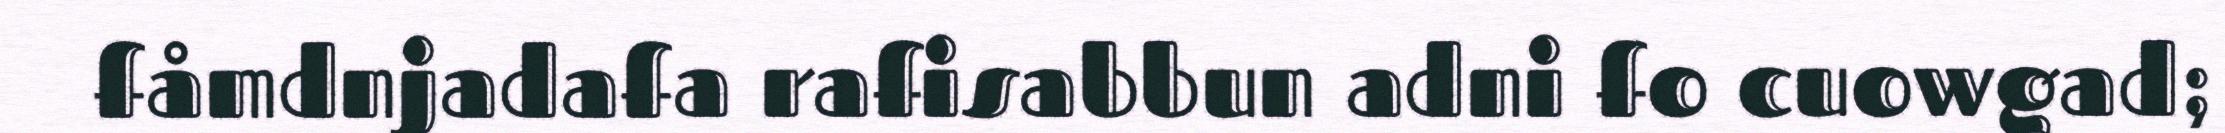
fåmdnjadafa rafisabbun adni fo cuowgad;